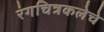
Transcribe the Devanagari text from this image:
रंगचित्रकलेचे